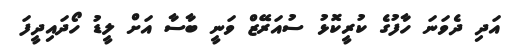
އަދި ދެވަނަ ހާފުގެ ކުރީކޮޅު ސުއަރޭޒް ވަނީ ބާސާ އަށް ލީޑު ހޯދައިދީފަ